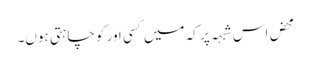
محض اس شبہہ پر کہ میں کسی اور کو چاہتی ہوں۔